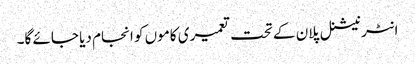
انٹر نیشنل پلان کے تحت تعمیری کاموں کو انجام دیا جائے گا۔